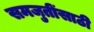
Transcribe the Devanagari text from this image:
समजुतींसाठी